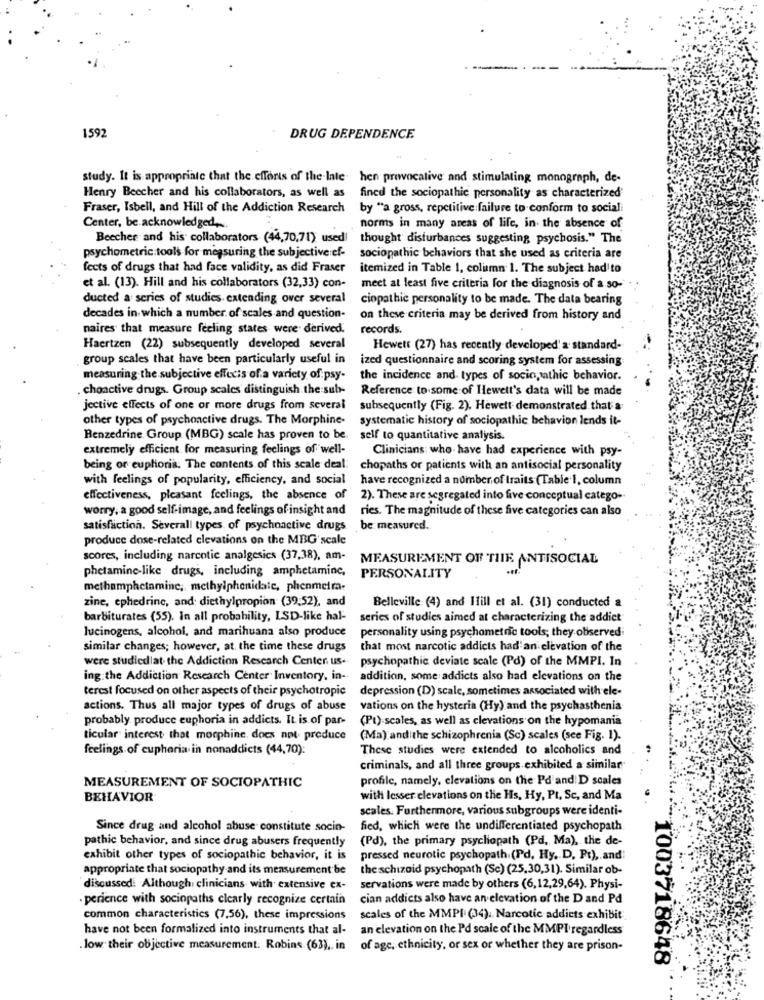
1592
DRUG DEPENDENCE
study. It is appropriate that the efforts of the late hen provocative and stimulating monograph, de-
Henry Beecher and his collaborators, as well as
fined the sociopathic personality as characterized
Fraser, Isbell, and Hill of the Addiction Research
by "a gross, repetitive failure to conform to sociali
Center, be acknowledged ....
norms in many areas of life, in the absence of
Beecher and his collaborators (44,70,71) used!
thought disturbances suggesting psychosis." The
psychometric tools for megsuring the subjective ef-
sociopathic behaviors that she used as criteria are
fects of drugs that had face validity, as did Fraser
itemized in Table 1, column 1. The subject had to
et al. (13). Hill and his collaborators (32,33) con-
meet at least five criteria for the diagnosis of a so-
ducted a series of studies. extending over several
ciopathic personality to be made. The data bearing
decades in which a number of scales and question-
on these criteria may be derived from history and
naires that measure feeling' states were derived.
records.
Haertzen (22) subsequently developed several
Hewett (27) has recently developed' a standard-
group scales that have been particularly useful in
ized questionnaire and scoring system for assessing
measuring the subjective effects of a variety of psy-
the incidence and types of socio;wathic behavior.
chonctive drugs. Group scales distinguish. the sub-
Reference to some of Hewett's data will be made
jective effects of one or more drugs from several
subsequently (Fig. 2). Hewett demonstrated that a
other types of psychoactive drugs. The Morphine-
systematic history of sociopathic behavion lends it-
Benzedrine Group (MBG) scale has proven to be.
self to quantitative analysis.
extremely efficient for measuring feelings of well-
Clinicians who have had experience with psy-
being or euphoria. The contents of this scale deal:
chopaths or patients with an antisocial personality
with feelings of popularity, efficiency, and social
have recognized a number of traits (Table.1, column
effectiveness, pleasant feelings, the absence of
2). These are segregated into five conceptual catego-
worry, a good self-image, and feelings of insight and
ries. The magnitude of these five categories can also
satisfaction. Severall types of psychoactive drugs
be measured.
produce dose-related clevations on the MBG scale
scores, including narcotic analgesics (37,38), am-
MEASUREMENT OF THE ANTISOCIAL
phetamine-like drugs, including amphetamine,
PERSONALITY
methamphetamine, methylphenidate, phenmeira-
zine, ephedrine, and: diethylpropion (39.52), and
Belleville (4) and Hill et al. (31) conducted a
barbiturates (55). In all probability, LSD-like hal-
series of studies aimed at characterizing the addict
lucinogens, alcohol, and marihuana also produce
personality using psychometric tools; they observed
similar changes; however, at the time these drugs
that most narcotic addicts had an elevation of the
were studiedlat the Addiction Research Center us.
psychopathic deviate scale (Pd) of the MMPI. In
ing the Addiction Research Center Inventory, in- addition, some addicts also had elevations on the
terest focused on other aspects of their psychotropic
depression (D) scale, sometimes associated with ele-
actions. Thus all major types of drugs of abuse
vations on the hysteria (Hy) and the psychasthenia
probably produce euphoria in addicts. It is of par-
(Pt).scales, as well as clevations on the hypomania
ticular interest that morphine. does not preduce
(Ma) andithe schizophrenia (Sc) scales (see Fig. 1).
feelings of cuphoria in nonaddicts (44,70):
These studies were extended to alcoholics and
criminals, and all three groups exhibited a similar
profilc, namely, elevations on the Pd and: D scales
MEASUREMENT OF SOCIOPATHIC
BEHAVIOR
with lesser elevations on the Hs, Hy, Pt, Sc, and Ma
scales. Furthermore, various subgroups were identi-
Since drug and alcohol abuse constitute socio-
fied, which were the undifferentiated psychopath.
pathic behavior, and since drug abusers frequently
(Pd), the primary psychopath (Pd, Ma), the de-
exhibit other types of sociopathic behavior, it is
pressed neurotic psychopath.(Pd, Hy. D. Pt), and!
appropriate that sociopathy and its measurement be
the schizoid psychopath (Sc) (25.30,31). Similar ob-
discussed. Although, clinicians with extensive ex-
servations were made by others (6,12,29,64). Physi-
perience with sociopaths clearly recognize certain
cian addicts also have an elevation of the D and Pd
common characteristics (7,56), these impressions
scales of the MMPI (34). Narcotic addicts exhibit
have not been formalized into instruments that al-
an elevation on the Pd scale of the MMPI regardless
low their objective measurement. Robins (63), in
of age, ethnicity, or sex or whether they are prison-
1003718648